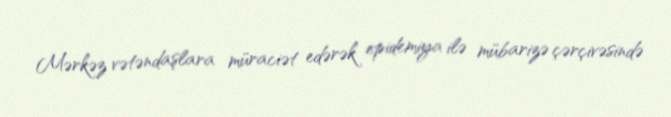
Mərkəz vətəndaşlara müraciət edərək epidemiya ilə mübarizə çərçivəsində